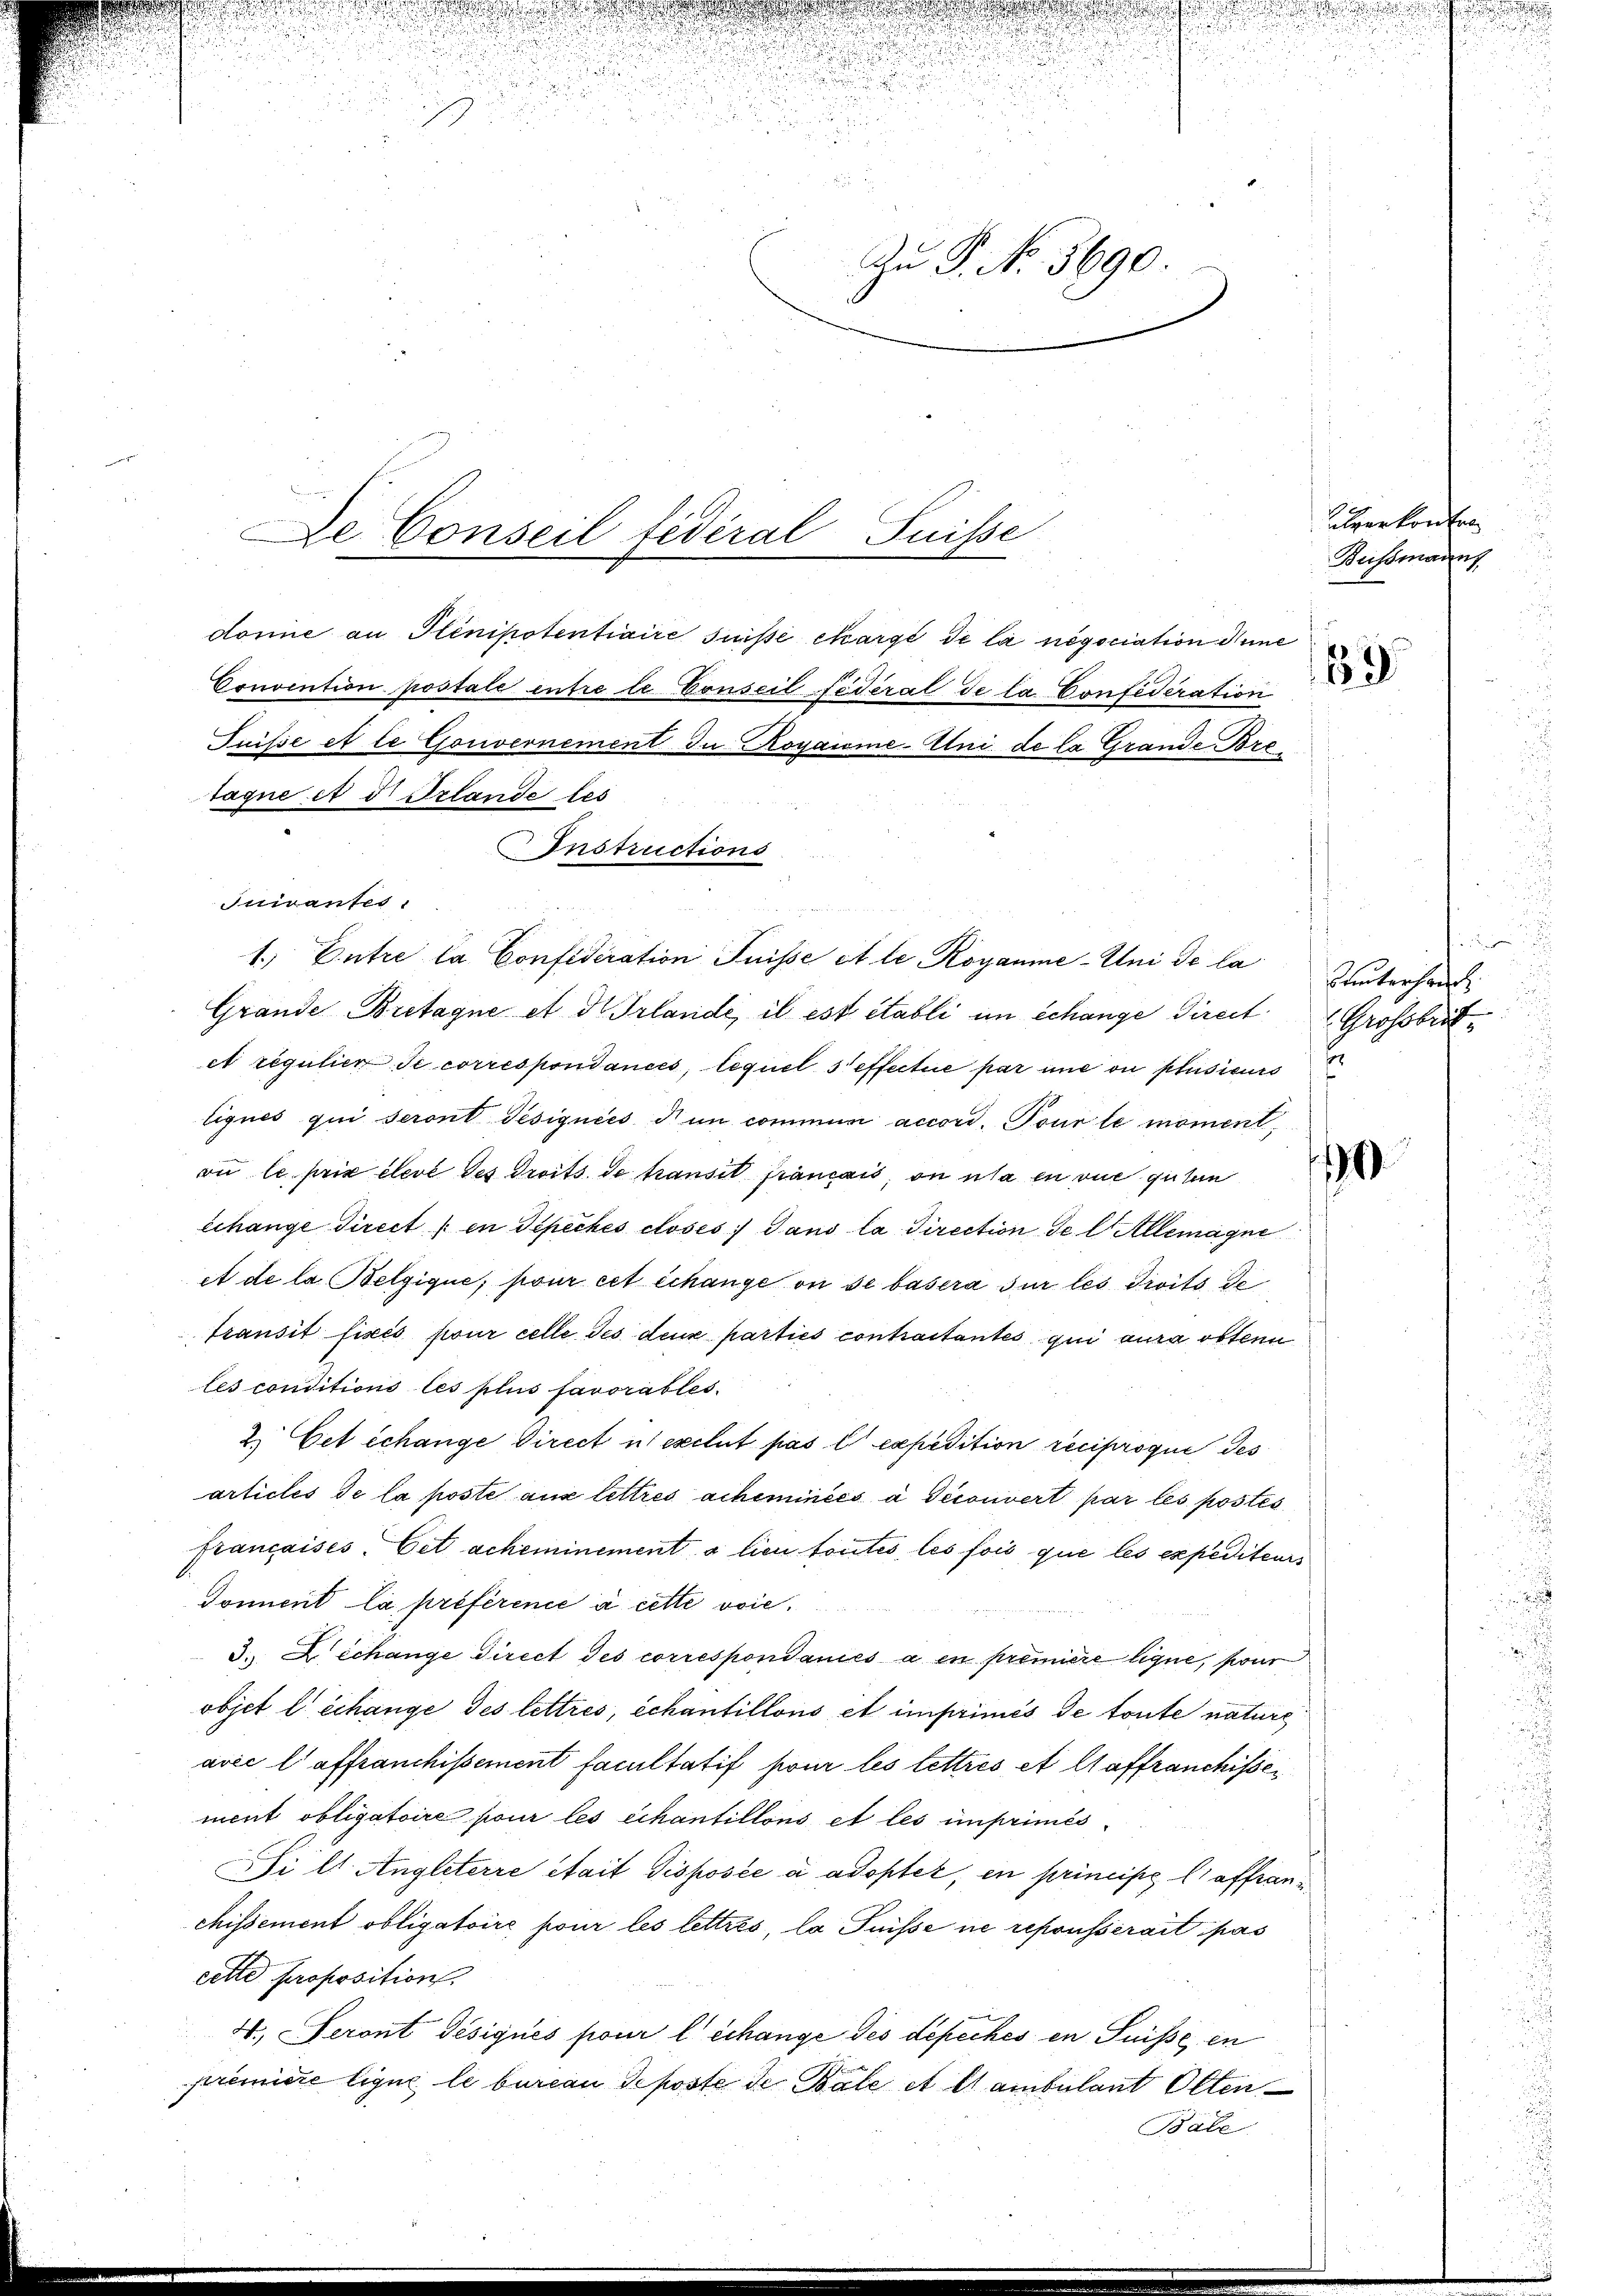
n

.
d
Zu P. No. 5690.

donie an Henipotentiaire suisse chargé de la négociation dene
Convention postale entrete Conseil fédéral de la Confederation
Puisse et le Gouvernement in Rogaume-Uni de la Grande. Bro
tagne et 5 Orlande les
Quivantes,
1.) Entre la Confideration Puisse et le Royanme-Uni de la
Grande Bretagne et d Irlande, il est établi in echange Direct
et regulier de correspondancés, lequel 5 effectue par une ou plusieurs
tignés qui seront désignées dum communi accord. Tour le moment,
on le prix élevé des Droits. de transit français, on usa en vue guten
echange Direct / in Tepechés closes dans la direction del Allemagne
et de la Belgique, pour cet échange on se basera sur les droits de
transit fixés pour celle des deux parties contraitantes qui aura obtenn
les conditions les plus favorables.
2. Cet échange Direct n’exclut pas l. expedition reciproque des
articles de la poste aus lettres acheminées à seconvert par les postes
françaisés. Cet acheminement a lieu toutes les fois que les expediteurs
Doment la préférence à cette voie¬
3.  échange Direct des correspondanés à en première lique, pour
objet l’échange des lettres, échantillons et imprimés de toute nature
avec l’affranchissement facultatif pour les lettres et laffranchissement obligatoire pour les échantillons et les imprimés
i lt. Angleterre était disposée à adopter, en principe l’affranchissement obligatoire pour les lettres, la Puisse ne repousserait pas
cette proposition.
4., Seront désignés pour l’échange des depechés en Suisse en
première lique le bureau deposte de Bale et es ambulant Olten
Babe

De Conseil fédéral Suisse

Instructions

u

n
.

5
e

i

alverkonften
Bussmanns

19

sunterhand

Grossbrit